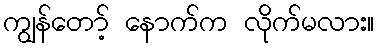
ကျွန်တော့် နောက်က လိုက်မလား။